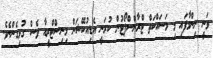
ވަނީ ނިންމާފައި މި މަސައްކަތް ޓްރާންސްޕޯޓުން ކުރަނީ އެޑިއުކޭޝަން މިިނިސްޓްރީއާ ވެސް ގުޅިގެންނެވެ.